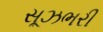
સૂઝભરી